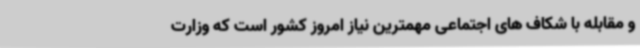
و مقابله با شکاف های اجتماعی مهمترین نیاز امروز کشور است که وزارت